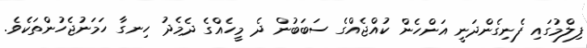
ފިލްމުގައި ފެނިގެންދަނީ އަންހެން ކުއްޖެއްގެ ސަބަބުން ދެ މީހެއްގެ ދެމެދު ހިނގާ ހަމަނުޖެހުންތަކެވެ.